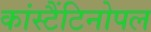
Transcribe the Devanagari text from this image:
कांस्टैंटिनोपल